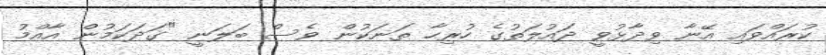
ކުރައްވައި އޭނާ ވިދާޅުވީ ދައުލަތުގެ ހުރިހާ ތަނަކުން ވެސް ބަލަނީ "ގަދަކަމުން އާއްމު